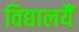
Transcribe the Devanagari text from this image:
विद्यालयैं